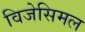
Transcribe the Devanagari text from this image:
विजेसिमल